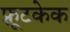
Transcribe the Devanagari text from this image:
फ़्रूटकेक